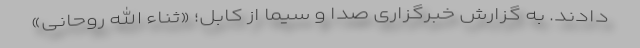
دادند. به گزارش ­­خبرگزاری صدا و سیما از کابل؛ «ثناء الله روحانی»